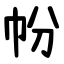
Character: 帉